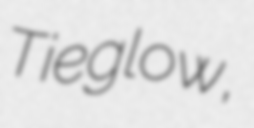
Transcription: Tieglow,